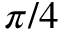
\pi / 4